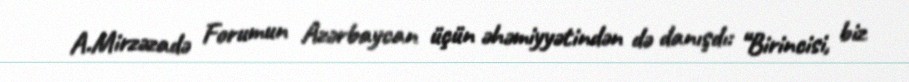
A.Mirzəzadə Forumun Azərbaycan üçün əhəmiyyətindən də danışdı: “Birincisi, biz